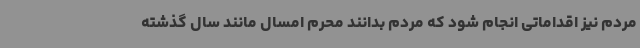
مردم نیز اقداماتی انجام شود که مردم بدانند محرم امسال مانند سال گذشته